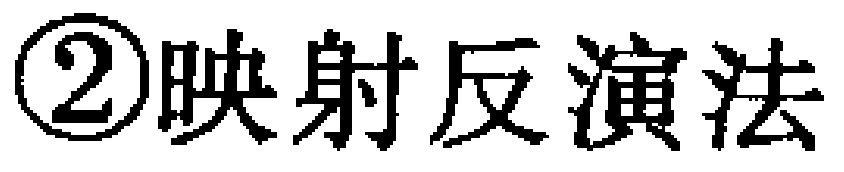
\textcircled{2}映射反演法